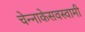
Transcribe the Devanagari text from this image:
चेन्‍नाकेसवस्‍वामी